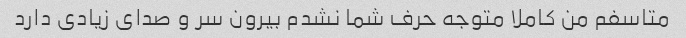
متاسفم من کاملا متوجه حرف شما نشدم بیرون سر و صدای زیادی دارد